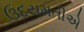
ઉદયમતીએ